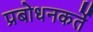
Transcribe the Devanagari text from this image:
प्रबोधनकर्ते